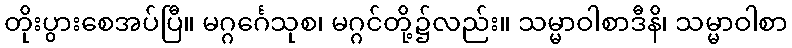
တိုးပွားစေအပ်ပြီ။ မဂ္ဂင်္ဂေသုစ၊ မဂ္ဂင်တို့၌လည်း။ သမ္မာဝါစာဒီနိ၊ သမ္မာဝါစာ